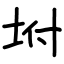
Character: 坿